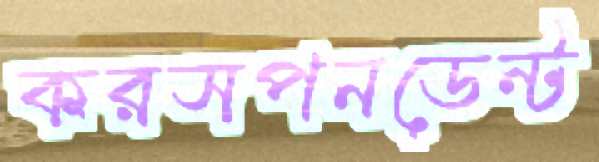
করসপনডেন্ট